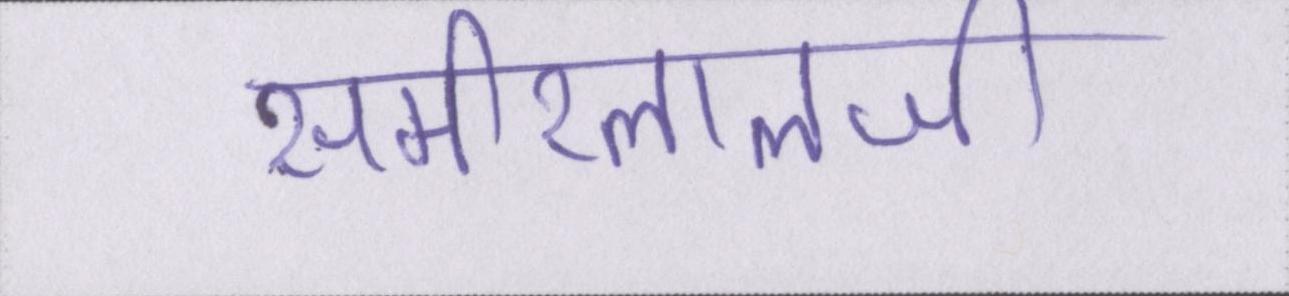
समीरलालजी